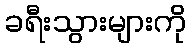
ခရီးသွားများကို